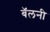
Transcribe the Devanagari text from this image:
बॅलनी